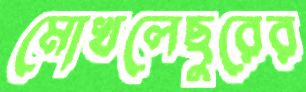
মোখলেছুরের